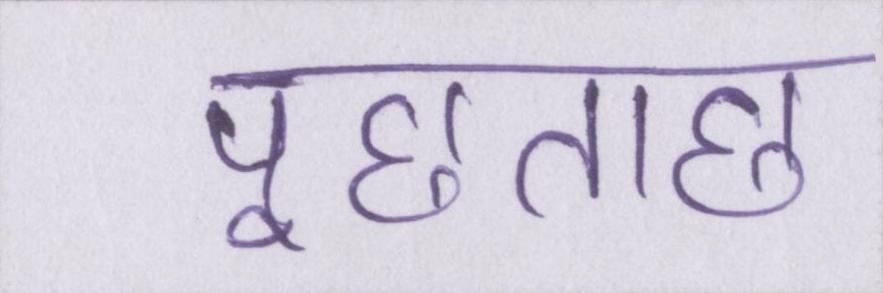
पूछताछ